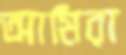
আমিরা